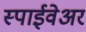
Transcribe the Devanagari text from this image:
स्पाईवेअर